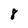
Character: 8